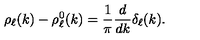
\rho _ { \ell } ( k ) - \rho _ { \ell } ^ { 0 } ( k ) = \frac { 1 } { \pi } \frac { d } { d k } \delta _ { \ell } ( k ) .